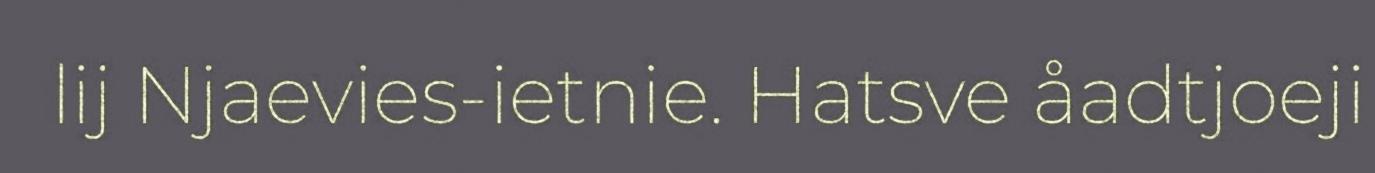
lij Njaevies-ietnie. Hatsve åadtjoeji